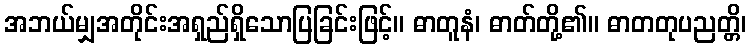
အဘယ်မျှအတိုင်းအရှည်ရှိသောပြခြင်းဖြင့်။ ဓာတူနံ၊ ဓာတ်တို့၏။ ဓာတတုပညတ္တိ၊